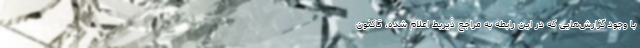
با وجود گزارش‌هایی که در این رابطه به مراجع ذیربط اعلام شده، تاکنون